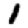
Digit: 1